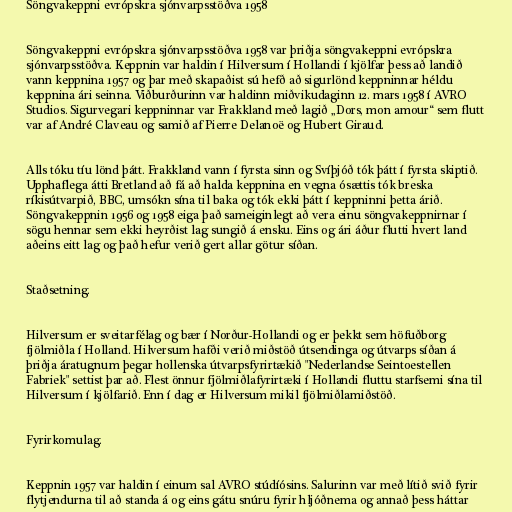
Söngvakeppni evrópskra sjónvarpsstöðva 1958

Söngvakeppni evrópskra sjónvarpsstöðva 1958 var þriðja söngvakeppni evrópskra
sjónvarpsstöðva. Keppnin var haldin í Hilversum í Hollandi í kjölfar þess að landið
vann keppnina 1957 og þar með skapaðist sú hefð að sigurlönd keppninnar héldu
keppnina ári seinna. Viðburðurinn var haldinn miðvikudaginn 12. mars 1958 í AVRO
Studios. Sigurvegari keppninnar var Frakkland með lagið „Dors, mon amour“ sem flutt
var af André Claveau og samið af Pierre Delanoë og Hubert Giraud.

Alls tóku tíu lönd þátt. Frakkland vann í fyrsta sinn og Svíþjóð tók þátt í fyrsta skiptið.
Upphaflega átti Bretland að fá að halda keppnina en vegna ósættis tók breska
ríkisútvarpið, BBC, umsókn sína til baka og tók ekki þátt í keppninni þetta árið.
Söngvakeppnin 1956 og 1958 eiga það sameiginlegt að vera einu söngvakeppnirnar í
sögu hennar sem ekki heyrðist lag sungið á ensku. Eins og ári áður flutti hvert land
aðeins eitt lag og það hefur verið gert allar götur síðan.

Staðsetning.

Hilversum er sveitarfélag og bær í Norður-Hollandi og er þekkt sem höfuðborg
fjölmiðla í Holland. Hilversum hafði verið miðstöð útsendinga og útvarps síðan á
þriðja áratugnum þegar hollenska útvarpsfyrirtækið "Nederlandse Seintoestellen
Fabriek" settist þar að. Flest önnur fjölmiðlafyrirtæki í Hollandi fluttu starfsemi sína til
Hilversum í kjölfarið. Enn í dag er Hilversum mikil fjölmiðlamiðstöð.

Fyrirkomulag.

Keppnin 1957 var haldin í einum sal AVRO stúdíósins. Salurinn var með lítið svið fyrir
flytjendurna til að standa á og eins gátu snúru fyrir hljóðnema og annað þess háttar